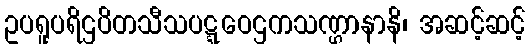
ဥပရူပရိဌပိတသီသပဋ္ဋဝေဌကသဏ္ဌာနာနိ၊ အဆင့်ဆင့်